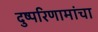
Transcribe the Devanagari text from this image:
दुष्परिणामांचा